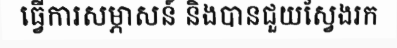
ធ្វើការសម្ភាសន៍ និងបានជួយស្វែងរក